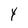
Character: Y